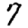
Digit: 7